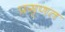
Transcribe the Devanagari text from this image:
प्रगृणत